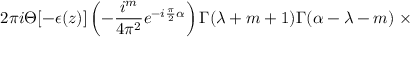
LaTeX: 2 \pi i \Theta [ - \epsilon ( z ) ] \left( - \frac { i ^ { m } } { 4 { \pi } ^ { 2 } } e ^ { - i \frac { \pi } { 2 } \alpha } \right) \Gamma ( \lambda + m + 1 ) \Gamma ( \alpha - \lambda - m ) \; \times